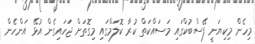
މިހެން މިކިޔަނީ ފޭސްބުކްގައި މަސައްކަތް ކުރާ ކޮލަމްގައި މިގޮތަށް ޖަހައިގެން އުޅޭ އަންހެން